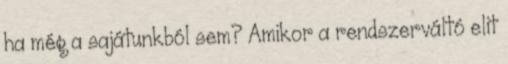
ha még a sajátunkból sem? Amikor a rendszerváltó elit